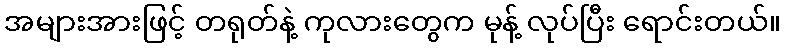
အများအားဖြင့် တရုတ်နဲ့ ကုလားတွေက မုန့် လုပ်ပြီး ရောင်းတယ်။